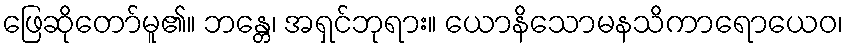
ဖြေဆိုတော်မူ၏။ ဘန္တေ၊ အရှင်ဘုရား။ ယောနိသောမနသိကာရောယေဝ၊